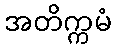
အတိက္ကမံ